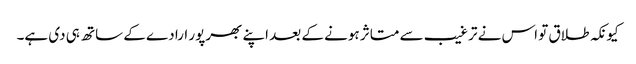
کیونکہ طلاق تو اس نے ترغیب سے متاثر ہونے کے بعد اپنے بھرپور ارادے کے ساتھ ہی دی ہے۔